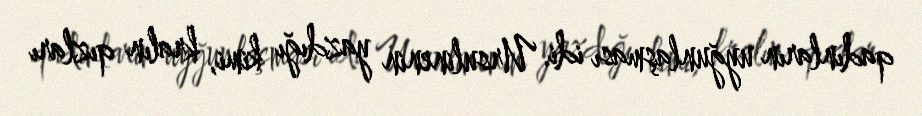
qadınların uyğunlaşması idi. Ursulinenin yazdığı kimi, kralın qızları